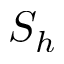
S _ { h }